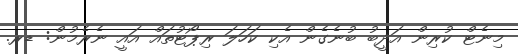
މިނެޓް ކުރިން އަދީބު ބުނެގެން އެކި ކަހަލަ ރިޕޯޓުތައް އައީ ނެރެމުން: ޑރ.